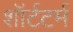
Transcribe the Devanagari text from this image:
शॉर्टटर्म